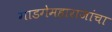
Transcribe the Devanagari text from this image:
गाडगेमहाराजांचा